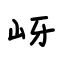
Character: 岈